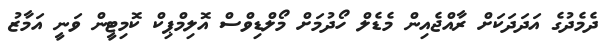
ދެމެދުގެ އަދަދަކަށް ރާއްޖެއިން މެޑެލް ހޯދުމަށް މޯލްޑިވްސް އޮލިމްޕިކް ކޮމިޓީން ވަނީ އަމާޒު